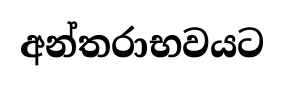
අන්තරාභවයට